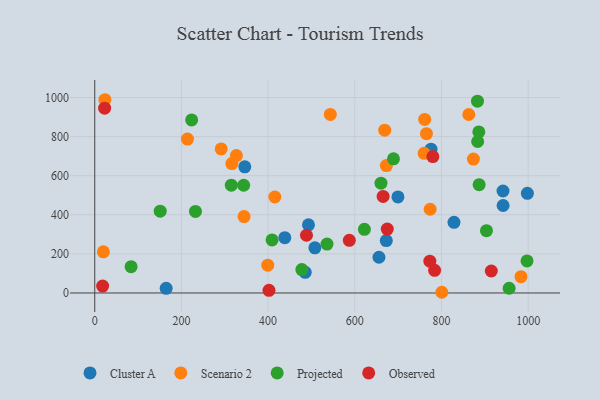
{"axis": {"x": "Investment", "y": "Rating"}, "legend": ["Cluster A", "Observed", "Projected", "Scenario 2"], "data": [{"x": "942.1", "y": 447.5, "type": "Cluster A"}, {"x": "699.5", "y": 491.5, "type": "Cluster A"}, {"x": "775.8", "y": 735.4, "type": "Cluster A"}, {"x": "346.2", "y": 645.3, "type": "Cluster A"}, {"x": "998.1", "y": 509.9, "type": "Cluster A"}, {"x": "941.9", "y": 521.7, "type": "Cluster A"}, {"x": "672.6", "y": 268.0, "type": "Cluster A"}, {"x": "485.6", "y": 105.7, "type": "Cluster A"}, {"x": "438.5", "y": 283.1, "type": "Cluster A"}, {"x": "164.8", "y": 24.0, "type": "Cluster A"}, {"x": "493.1", "y": 348.6, "type": "Cluster A"}, {"x": "655.7", "y": 182.8, "type": "Cluster A"}, {"x": "507.9", "y": 231.0, "type": "Cluster A"}, {"x": "828.8", "y": 361.3, "type": "Cluster A"}, {"x": "291.7", "y": 736.6, "type": "Scenario 2"}, {"x": "213.9", "y": 787.2, "type": "Scenario 2"}, {"x": "669.0", "y": 833.0, "type": "Scenario 2"}, {"x": "399.1", "y": 142.1, "type": "Scenario 2"}, {"x": "800.7", "y": 3.6, "type": "Scenario 2"}, {"x": "415.5", "y": 490.9, "type": "Scenario 2"}, {"x": "761.2", "y": 887.6, "type": "Scenario 2"}, {"x": "765.3", "y": 815.1, "type": "Scenario 2"}, {"x": "344.5", "y": 390.7, "type": "Scenario 2"}, {"x": "873.6", "y": 684.8, "type": "Scenario 2"}, {"x": "326.8", "y": 703.0, "type": "Scenario 2"}, {"x": "760.0", "y": 714.2, "type": "Scenario 2"}, {"x": "672.8", "y": 651.7, "type": "Scenario 2"}, {"x": "862.9", "y": 912.8, "type": "Scenario 2"}, {"x": "19.9", "y": 210.5, "type": "Scenario 2"}, {"x": "23.5", "y": 988.5, "type": "Scenario 2"}, {"x": "773.8", "y": 428.4, "type": "Scenario 2"}, {"x": "543.5", "y": 913.1, "type": "Scenario 2"}, {"x": "983.4", "y": 83.3, "type": "Scenario 2"}, {"x": "316.3", "y": 662.1, "type": "Scenario 2"}, {"x": "689.2", "y": 686.3, "type": "Projected"}, {"x": "622.1", "y": 325.4, "type": "Projected"}, {"x": "315.1", "y": 551.3, "type": "Projected"}, {"x": "956.0", "y": 24.2, "type": "Projected"}, {"x": "886.8", "y": 554.2, "type": "Projected"}, {"x": "883.4", "y": 774.8, "type": "Projected"}, {"x": "997.3", "y": 163.8, "type": "Projected"}, {"x": "660.4", "y": 561.4, "type": "Projected"}, {"x": "151.0", "y": 418.4, "type": "Projected"}, {"x": "535.9", "y": 250.3, "type": "Projected"}, {"x": "343.6", "y": 551.0, "type": "Projected"}, {"x": "883.0", "y": 981.0, "type": "Projected"}, {"x": "232.4", "y": 417.3, "type": "Projected"}, {"x": "223.6", "y": 885.4, "type": "Projected"}, {"x": "409.1", "y": 271.3, "type": "Projected"}, {"x": "886.1", "y": 823.6, "type": "Projected"}, {"x": "83.9", "y": 134.6, "type": "Projected"}, {"x": "477.8", "y": 119.7, "type": "Projected"}, {"x": "903.7", "y": 318.8, "type": "Projected"}, {"x": "22.8", "y": 945.4, "type": "Observed"}, {"x": "773.1", "y": 162.9, "type": "Observed"}, {"x": "488.5", "y": 295.2, "type": "Observed"}, {"x": "674.9", "y": 327.0, "type": "Observed"}, {"x": "402.0", "y": 13.8, "type": "Observed"}, {"x": "18.2", "y": 35.1, "type": "Observed"}, {"x": "780.0", "y": 697.6, "type": "Observed"}, {"x": "784.1", "y": 115.8, "type": "Observed"}, {"x": "665.3", "y": 494.0, "type": "Observed"}, {"x": "587.3", "y": 269.4, "type": "Observed"}, {"x": "914.9", "y": 112.3, "type": "Observed"}]}